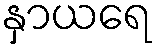
နှာယရေ